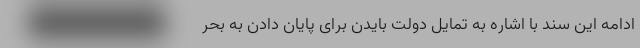
ادامه این سند با اشاره به تمایل دولت بایدن برای پایان دادن به بحر